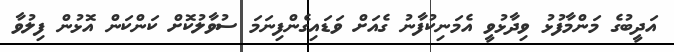
އަދީބުގެ މަންމާފުޅު ވިދާޅުވީ އެމަނިކުފާނު ގެއަށް ވަޑައިގެންފިނަމަ ސުވާލުކޮށް ކަންކަން އޮޅުން ފިލުވާ